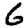
Digit: 6